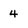
Character: 4